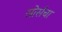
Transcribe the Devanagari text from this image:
सोर्सचा